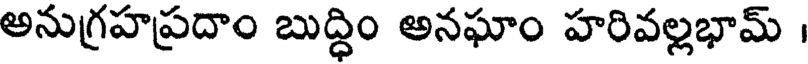
అనుగ్రహప్రదాం బుద్ధిం అనఘాం హరివల్లభామ్